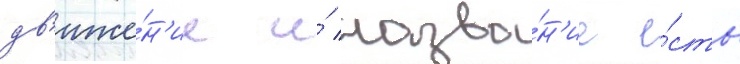
дв'иже́н'ие и́ назва́н'ие е́сть